Annual report of the Imperial Bacteriological Laboratory, Muktesar
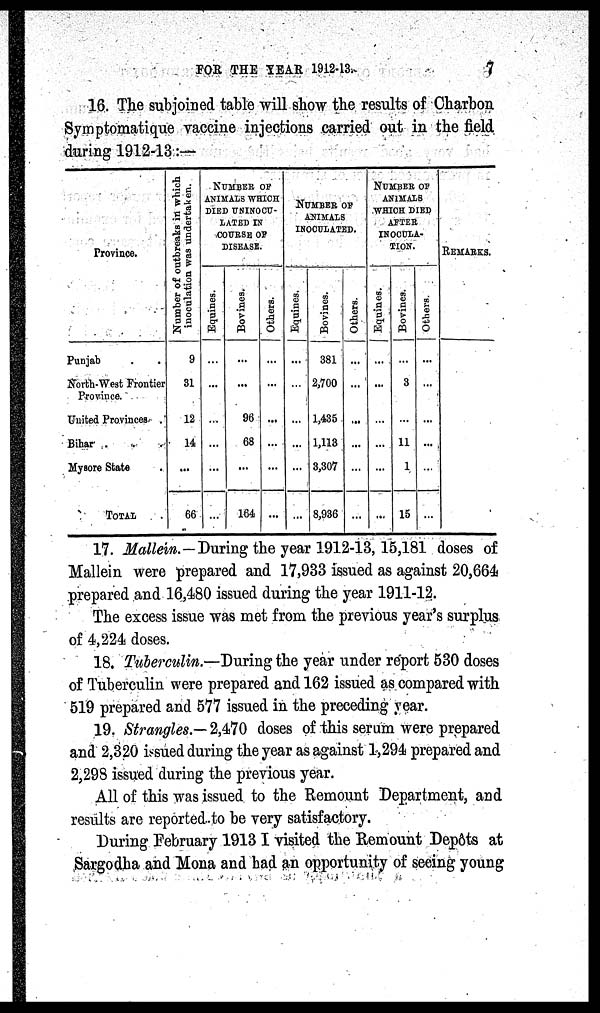
FOR THE
YEAR
1912-13.
7
16. The subjoined table will show the results of Charbon
Symptomatique vaccine injections carried out in the field
during 1912-13:—
Province.
Punjab
North-West Frontier
Province.
United Provinces .
Bihar . . .
Mysore State
TOTAL
Number of outbreaks in which
inoculation was undertaken.
9
31
12
14
...
66
NUMBER OF
ANIMALS WHICH
DIED UNINOCU¬
LATED IN
COURSE OF
DISEASE.
Equines.
...
...
...
...
...
...
Bovines.
...
...
96
68
...
164
Others.
...
...
...
...
...
...
NUMBER OF
ANIMALS
INOCULATED.
Equines.
...
...
...
...
...
...
Bovines.
381
2,700
1,435
1,113
3,307
8,936
Others.
...
...
...
...
...
NUMBER OF
ANIMALS
WHICH DIED
AFTER
INOCULA-
TION.
Equines.
...
...
...
...
...
...
Bovines.
3
11
1
15
Others.
...
...
...
...
...
REMARKS.
17. Mallein.—During the year 1912-13, 15,181 doses of
Mallein were prepared and 17,933 issued as against 20,664
prepared and 16,480 issued during the year 1911-12.
The excess issue was met from the previous year's surplus
of 4,224 doses.
18. Tuberculin.—During the year under report 530 doses
of Tuberculin were prepared and 162 issued as compared with
519 prepared and 577 issued in the preceding year.
19. Strangles.— 2,470 doses of this serum were prepared
and 2,320 issued during the year as against 1,294 prepared and
2,298 issued during the previous year.
All of this was issued to the Remount Department, and
results are reported to be very satisfactory.
During February 1913 I visited the Remount Depôts at
Sargodha and Mona and had an opportunity of seeing young